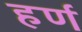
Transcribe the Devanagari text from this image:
हर्ण